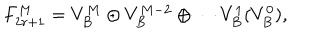
F _ { 2 r + 1 } ^ { M } = V _ { B } ^ { M } \oplus V _ { B } ^ { M - 2 } \oplus \cdots V _ { B } ^ { 1 } ( V _ { B } ^ { 0 } ) ,